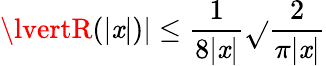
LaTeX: \lvertR(\lvert\mathit{x}\rvert)\rvert\le\frac{{1}}{{8\lvert\mathit{x}\rvert}}\sqrt{}{{\frac{{2}}{{\pi\lvert\mathit{x}\rvert}}}}